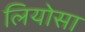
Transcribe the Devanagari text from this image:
लियोसा